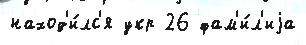
наход'и́лс'я укр 26 фам'и́л'иjа